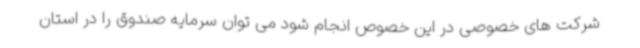
شرکت های خصوصی در این خصوص انجام شود می توان سرمایه صندوق را در استان